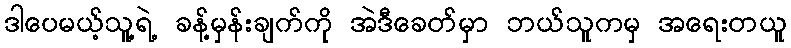
ဒါပေမယ့်သူ့ရဲ့ ခန့်မှန်းချက်ကို အဲဒီခေတ်မှာ ဘယ်သူကမှ အရေးတယူ